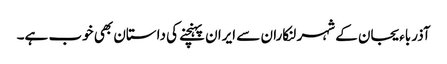
آذرباءیجان کے شہر لنکاران سے ایران پہنچنے کی داستان بھی خوب ہے۔